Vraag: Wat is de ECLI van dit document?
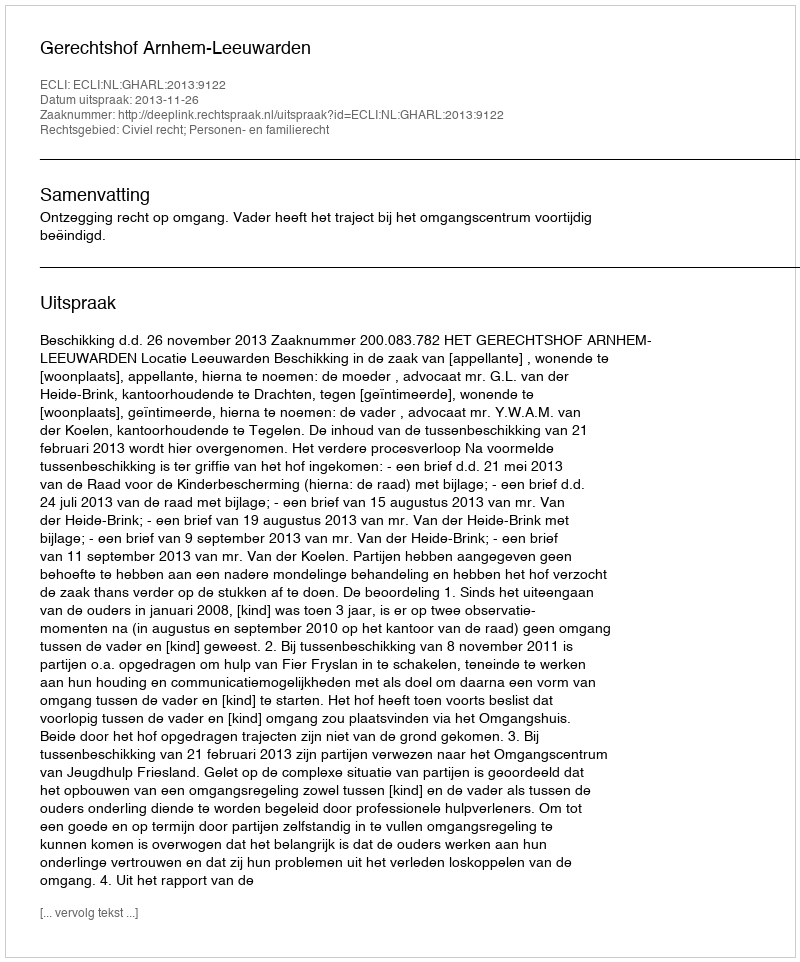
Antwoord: ECLI:NL:GHARL:2013:9122